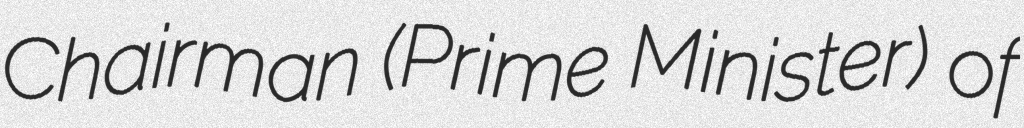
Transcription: Chairman (Prime Minister) of